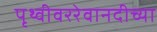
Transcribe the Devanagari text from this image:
पृथ्वीवररेवानदीच्या